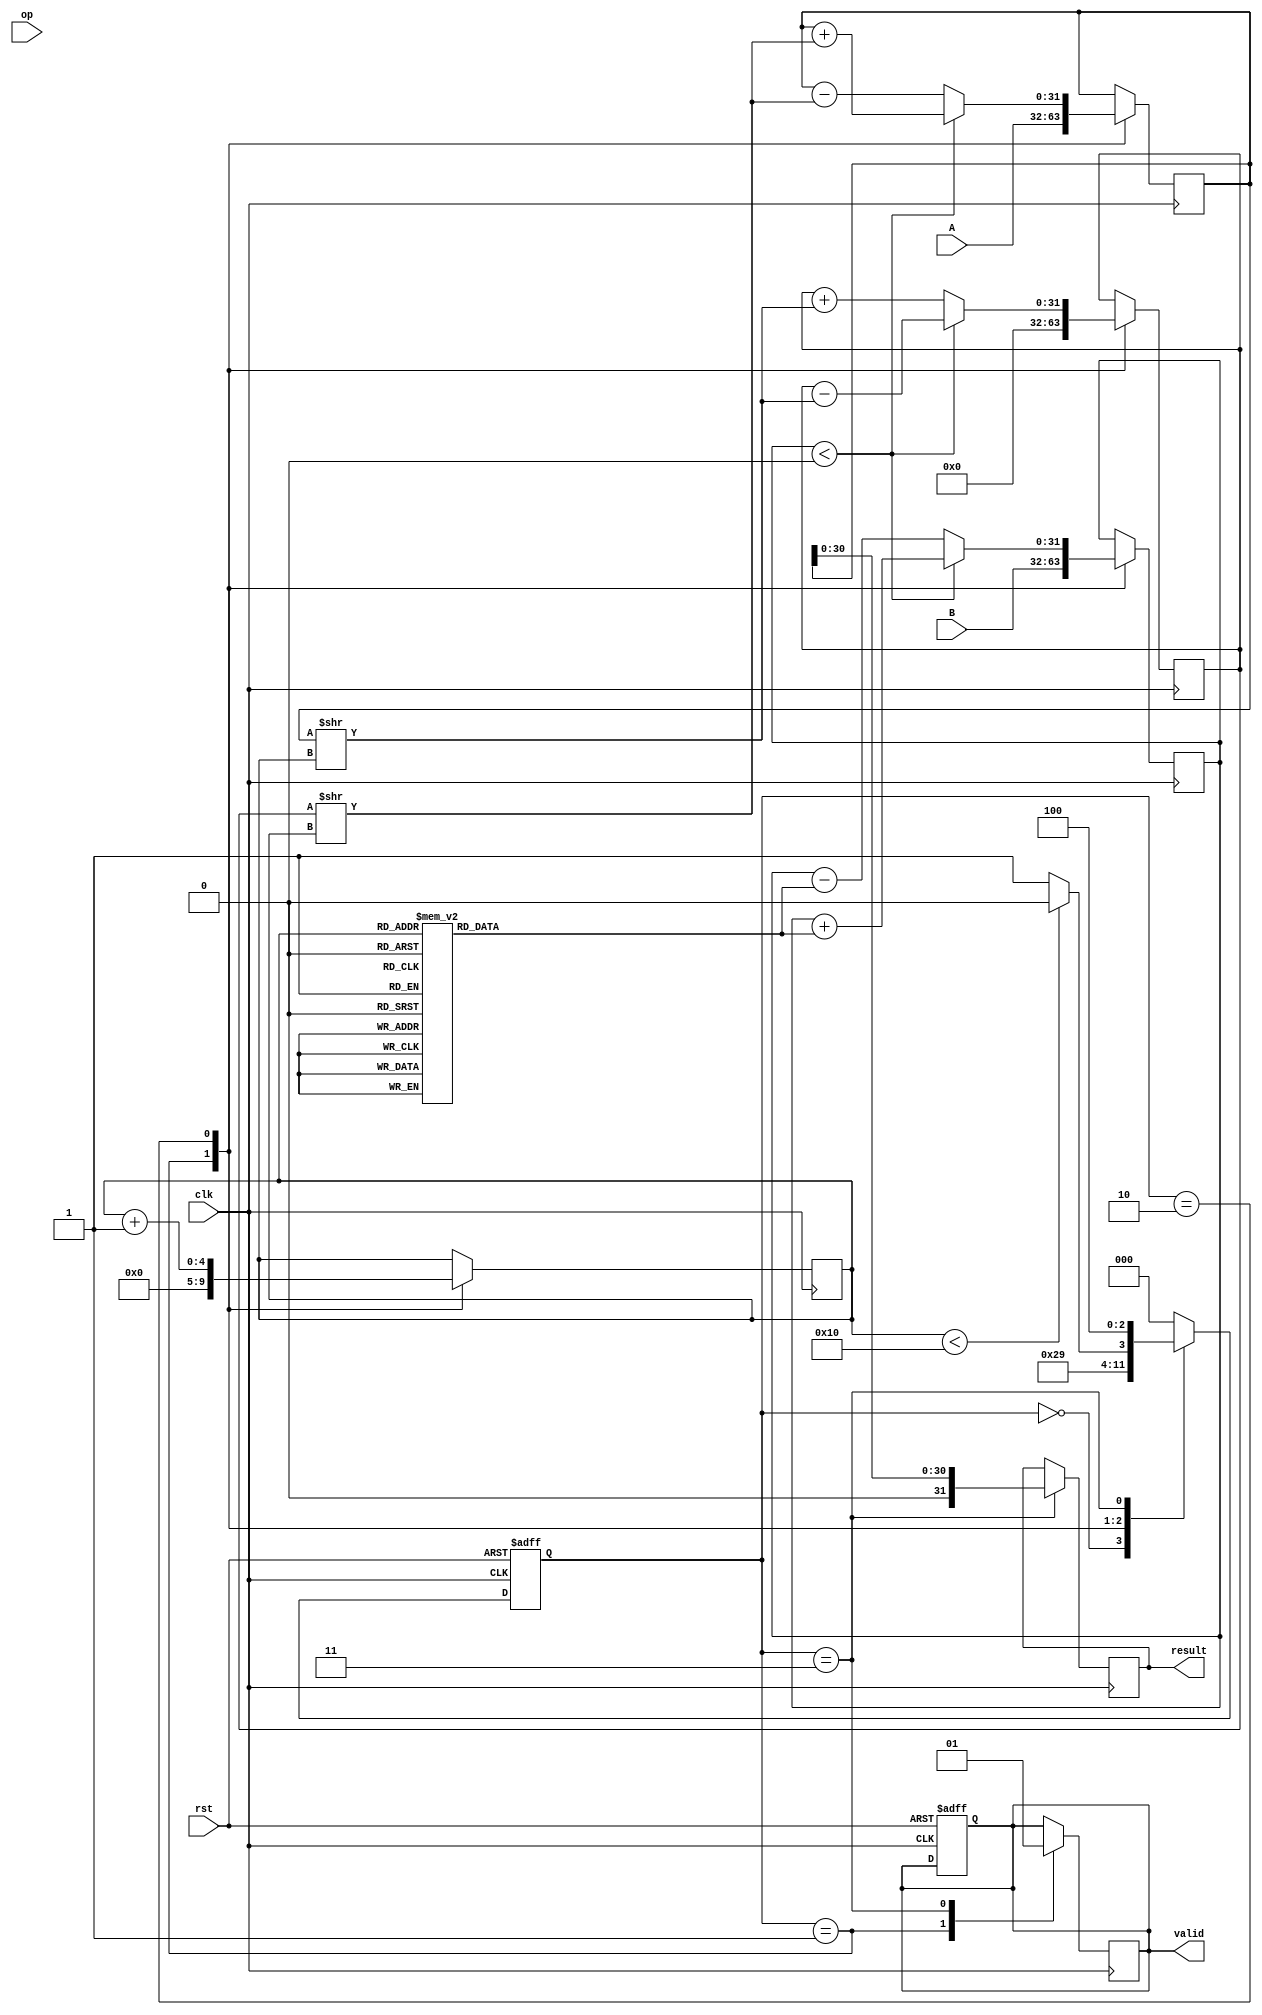
module cordic_floating_point(
    input wire clk,
    input wire rst,
    input wire [31:0] A,  // IEEE 754 single precision input A
    input wire [31:0] B,  // IEEE 754 single precision input B
    input wire [2:0] op,  // Operation control: 3-bit signal for add, sub, mul, div, trig
    output reg [31:0] result, // Result in IEEE 754 format
    output reg valid // Signal to indicate output is valid
);

// State definitions
localparam IDLE = 3'b000,
           INIT = 3'b001,
           CORDIC_ITERATE = 3'b010,
           OUTPUT_FORMAT = 3'b011,
           DONE = 3'b100;

reg [2:0] state, next_state;
reg [31:0] x, y; // CORDIC vector components
reg [31:0] angle; // Target angle for rotation
reg [31:0] z; // Angle accumulator
reg [4:0] iter; // Iteration counter
reg [31:0] K[0:31]; // Gain factors for CORDIC
reg [31:0] atan_table[0:31]; // Pre-computed atan values for CORDIC

// Initialize atan table and K factors
initial begin
    // Populate atan_table and K based on CORDIC algorithm
    // This should be pre-computed and stored, example values (use actual values)
    atan_table[0] = 32'h00000000; // atan(0)
    atan_table[1] = 32'h3F19999A; // atan(1/2^1)
    // Fill in the rest...

    K[0] = 32'h00000001; // K0
    K[1] = 32'h3F19999A; // K1
    // Fill in the rest...
end

// State machine for control flow
always @(posedge clk or posedge rst) begin
    if (rst) begin
        state <= IDLE;
        valid <= 0;
    end else begin
        state <= next_state;
    end
end

// Next state logic
always @(*) begin
    case (state)
        IDLE: next_state = INIT;
        INIT: next_state = CORDIC_ITERATE;
        CORDIC_ITERATE: next_state = (iter < 16) ? CORDIC_ITERATE : OUTPUT_FORMAT;
        OUTPUT_FORMAT: next_state = DONE;
        DONE: next_state = IDLE; // Or remain in DONE state until reset
        default: next_state = IDLE;
    endcase
end

// CORDIC processing logic
always @(posedge clk) begin
    case (state)
        INIT: begin
            // Initialize x, y, angle, z, and iter based on operation
            x <= A; // Assuming A is the first operand
            y <= 32'h00000000; // Starting with zero for y
            z <= B; // The angle or second operand
            iter <= 0;
            valid <= 0;
        end
        
        CORDIC_ITERATE: begin
            if (z < 0) begin
                // Rotate in the negative direction
                x <= x + (y >> iter);
                y <= y - (x >> iter);
                z <= z + atan_table[iter];
            end else begin
                // Rotate in the positive direction
                x <= x - (y >> iter);
                y <= y + (x >> iter);
                z <= z - atan_table[iter];
            end
            iter <= iter + 1;
        end
        
        OUTPUT_FORMAT: begin
            // Convert (x, y) back to floating-point and normalize if necessary
            // Here we assume a simple normalization just for demonstration
            result <= {1'b0, x[30:0]}; // Just an example, should follow IEEE 754 format
            valid <= 1;
        end
        
        DONE: begin
            // Hold the result
        end
    endcase
end

endmodule